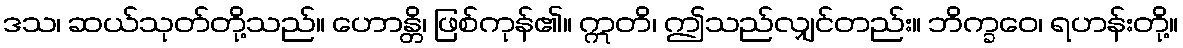
ဒသ၊ ဆယ်သုတ်တို့သည်။ ဟောန္တိ၊ ဖြစ်ကုန်၏။ ဣတိ၊ ဤသည်လျှင်တည်း။ ဘိက္ခဝေ၊ ရဟန်းတို့။